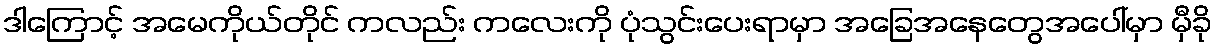
ဒါကြောင့် အမေကိုယ်တိုင် ကလည်း ကလေးကို ပုံသွင်းပေးရာမှာ အခြေအနေတွေအပေါ်မှာ မှီခို